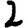
Digit: 2